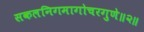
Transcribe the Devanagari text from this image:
सकलनिगमागोचरगुणे॥२॥